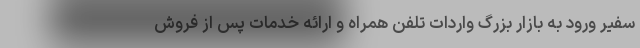
سفیر ورود به بازار بزرگ واردات تلفن همراه و ارائه خدمات پس از فروش